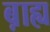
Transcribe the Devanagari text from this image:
ब़ाह्य